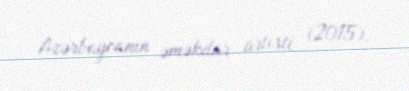
Azərbaycanın əməkdar artisti (2015).